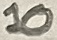
Text: 10